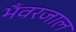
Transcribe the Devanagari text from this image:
भँवरजाल